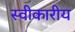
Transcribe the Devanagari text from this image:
स्वीकारीय